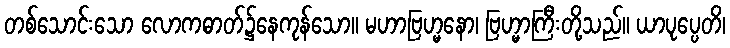
တစ်သောင်းသော လောကဓာတ်၌နေကုန်သော။ မဟာဗြဟ္မနော၊ ဗြဟ္မာကြီးတို့သည်။ ယာပုပ္ပေတိ၊